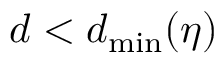
d < d _ { \mathrm { m i n } } ( \eta )